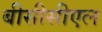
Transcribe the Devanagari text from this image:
बीसीसीएल